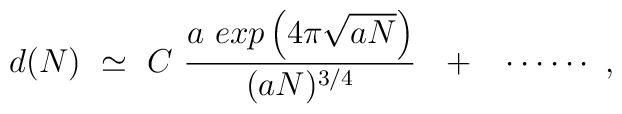
d(N) ~ \simeq ~C  ~\frac{a~exp\left( 4\pi \sqrt{aN}\right)}{(aN)^{3/4}} ~~+~~ \cdots\cdots~,